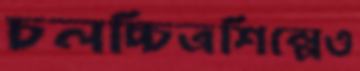
চলচ্চিত্রশিল্পেও